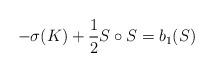
LaTeX: \begin{align*}-\sigma(K)+ \frac{1}{2}S \circ S= b_1(S)\end{align*}